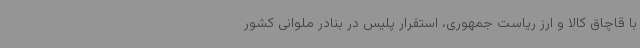
با قاچاق کالا و ارز ریاست جمهوری، استقرار پلیس در بنادر ملوانی کشور